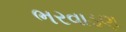
ભરવાડણ